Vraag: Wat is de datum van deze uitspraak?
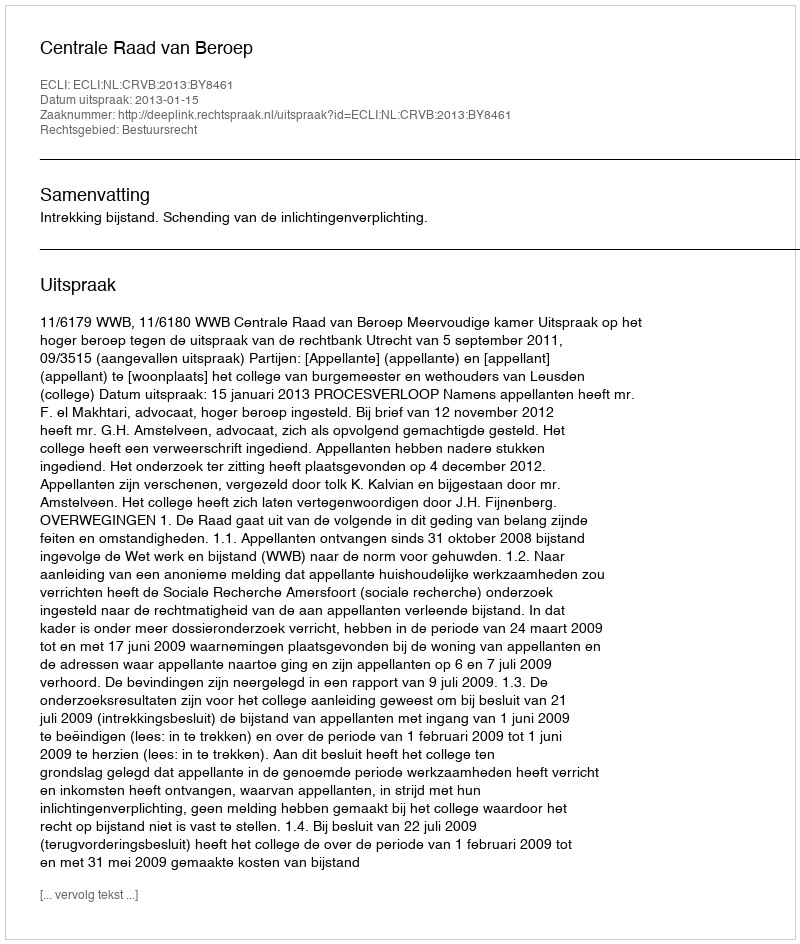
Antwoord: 2013-01-15